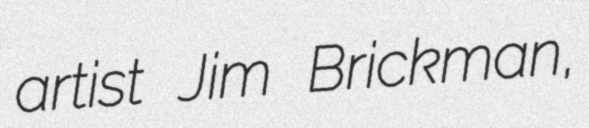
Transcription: artist Jim Brickman,